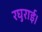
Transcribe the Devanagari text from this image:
रघुराई।